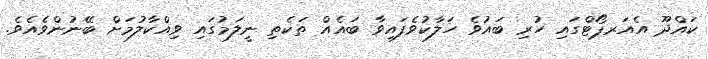
ކައްދޫ އެއަރޕޯޓްގައި ހުރި ބައުވެ ހަލާކުވެފައިވާ ބައެއް ތަކެތި ނީލަމުގައި ވިއްކާލުމަށް ބޭނުންވެއެވެ.